Indian journal of veterinary science and animal husbandry - Volumes 22-23, 1952-1953
Year: 1952
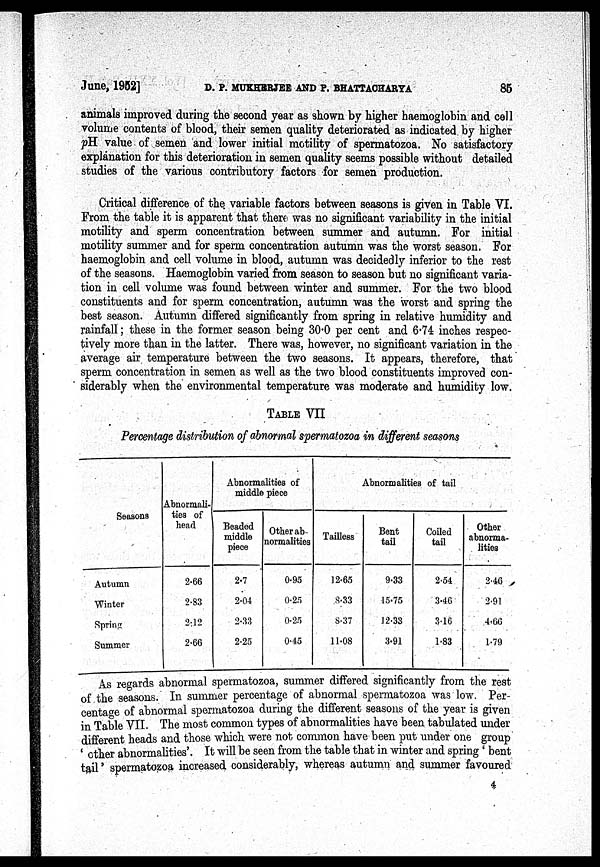
June, 1952] D. P. MUKHERJEE AND P. BHATTACHARYA 85
animals improved during the second year as shown by higher haemoglobin and cell
volume contents of blood, their semen quality deteriorated as indicated by higher
pH value of semen and lower initial motility of spermatozoa. No satisfactory
explanation for this deterioration in semen quality seems possible without detailed
studies of the various contributory factors for semen production.
Critical difference of the variable factors between seasons is given in Table VI.
From the table it is apparent that there was no significant variability in the initial
motility and sperm concentration between summer and autumn. For initial
motility summer and for sperm concentration autumn was the worst season. For
haemoglobin and cell volume in blood, autumn was decidedly inferior to the rest
of the seasons. Haemoglobin varied from season to season but no significant varia-
tion in cell volume was found between winter and summer. For the two blood
constituents and for sperm concentration, autumn was the worst and spring the
best season. Autumn differed significantly from spring in relative humidity and
rainfall; these in the former season being 30.0 per cent and 6.74 inches respec-
tively more than in the latter. There was, however, no significant variation in the
average air temperature between the two seasons. It appears, therefore, that
sperm concentration in semen as well as the two blood constituents improved con-
siderably when the environmental temperature was moderate and humidity low.
TABLE VII
Percentage distribution of abnormal spermatozoa in different seasons
Seasons
Autumn
Winter
Spring
Summer
Abnormali-
ties of
head.
2.66
2.83
2.12
2.66
Abnormalities of
middle piece
Beaded
middle
piece
2.7
2.04
2.33
2.25
Other ab-
normalities
0.95
0.25
0.25
0.45
Abnormalities of tail
Tailless
12.65
8.33
8.37
11.08
Bent
tail
9.33
15.75
12.33
3.91
Coiled
tail
2.54
3.46
3.16
1.83
Other
abnorma-
lities
2.46
2.91
4.66
1.79
As regards abnormal spermatozoa, summer differed significantly from the rest
of the seasons. In summer percentage of abnormal spermatozoa was low. Per-
centage of abnormal spermatozoa during the different seasons of the year is given
in Table VII. The most common types of abnormalities have been tabulated under
different heads and those which were not common have been put under one group
' other abnormalities'. It will be seen from the table that in winter and spring ' bent
tail' spermatozoa increased considerably, whereas autumn and summer favoured
4